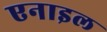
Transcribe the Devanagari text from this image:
एनाइल